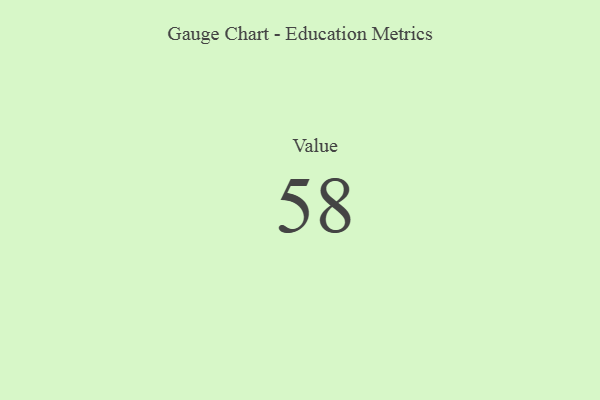
{"axis": {"x": "Metric", "y": "Value"}, "legend": [""], "data": [{"x": "Value", "y": 58, "type": ""}]}